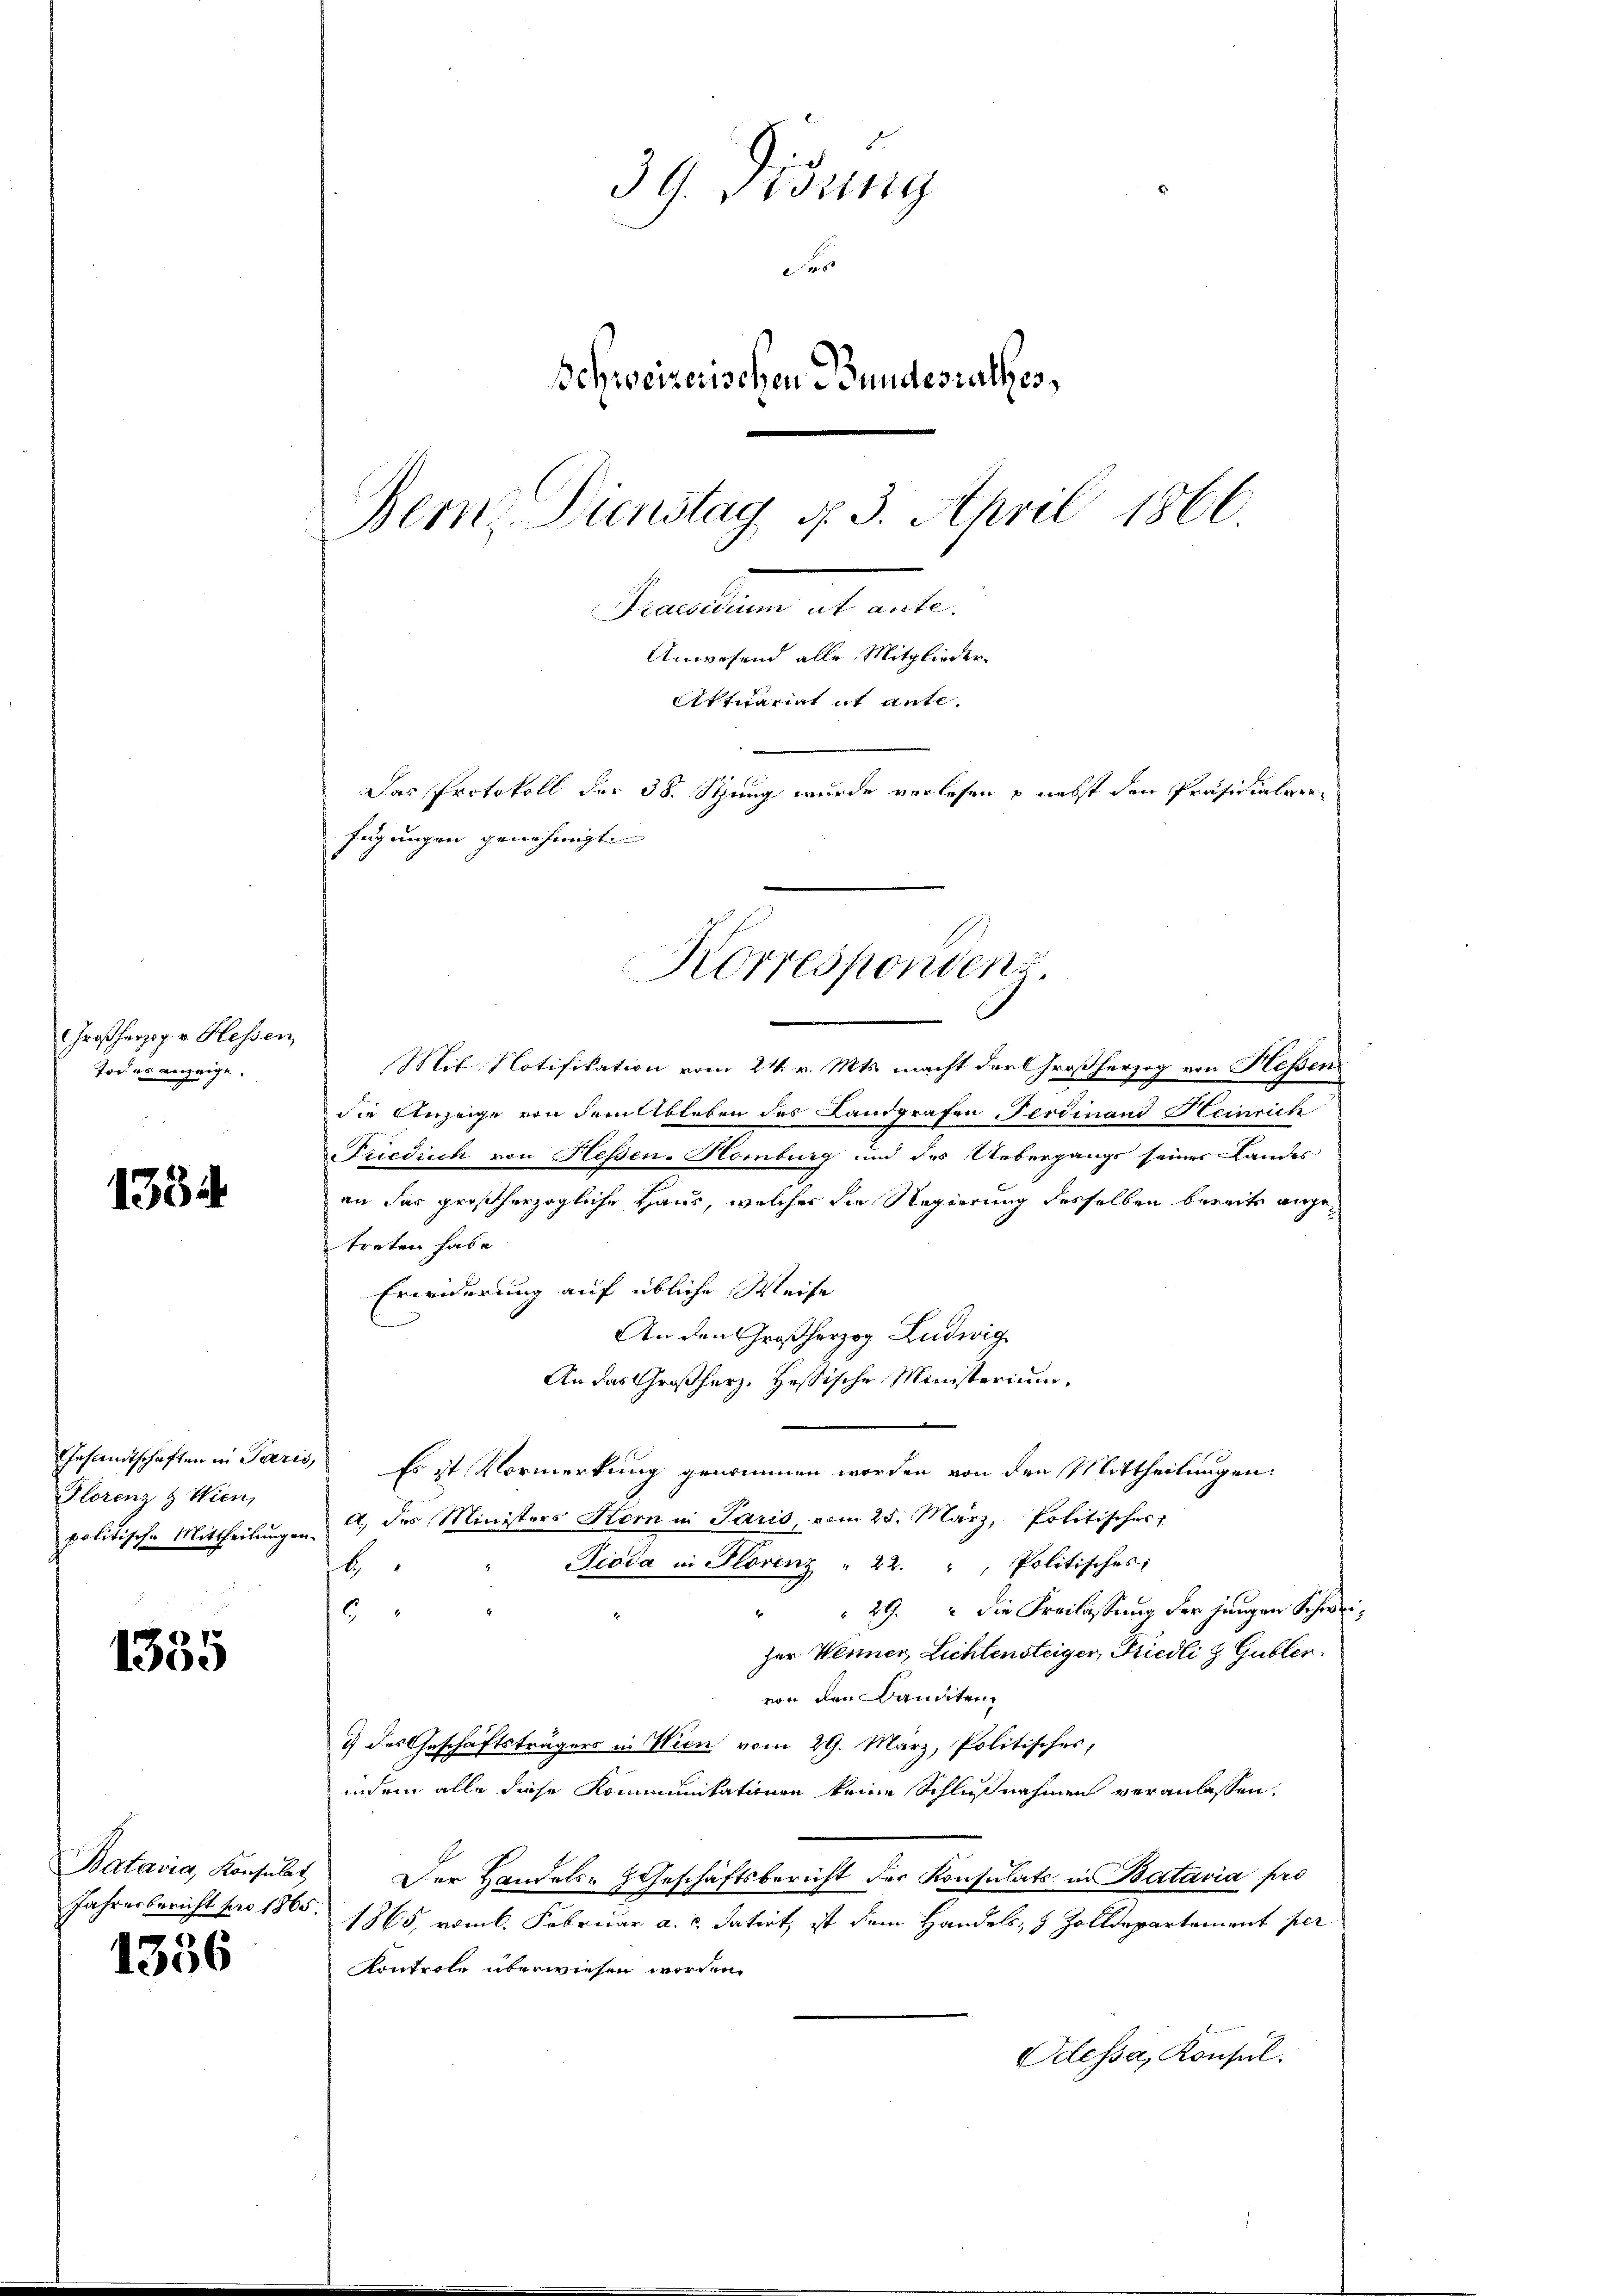
Großherzog. v. Hessen
Todes anzeige.

1334

Florenz & Wien,
politische Mittheilungen.

1335

Batavia, Konsulat

1336

39. Disung
e
Schweizerischen Bundesrathes,
Bern. Dienstag d. 3. April 1866.
Pracollum
Anwesend alle Mitglieder¬
Atticanat it ante.
Das Protokoll der 38. Stung wurde verlesen – nebst den Präsidialere
fügungen genehmigt

Mit Notifikation vom 24. v. Mts. macht der Großherzog von Hessen
die Anzeige von dem Ableben des Landgrafen Ferdinand Heinrich
Friedrich von Heßen-Homburg und des Uebergangs seiner Landes
an das großherzogliche Haus, welcher die Regierung desselben bereits angetreten habe.
Erwiderung auf übliche Weise
An den Großherzog Ludwig
An das Großherz. Hessische Ministerium.
Gesandtschaften in Paris, Es ist Vormerkung genommen worden von den Mittheilungen:
A., des Ministere Kern in Paris, vom 25. März, Politisches
Pioda in Florenz " 22. " Politisches:
H
29. die Freilassung der jungen Schwei¬
2
6
zur Werner, Lichtensteiger, Friedli & Gubler
von den Banditen
7) des Geschäftsträgers in Wien vom 29. März, Politisches,
indem alle diese Kommunikationen keine Schlußnahmen veranlassen,
Der Handels- Geeschäftsbericht der Konsulats in Bataria pro
Jahresbericht pro 1865. 1865, vom 6. Februar a. c. datirt, ist dem Handels- & Zolldepartement per
Kontrole überwiesen worden.
Odessa, Konsul

Korrespondenz.